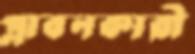
প্লাবনকারী